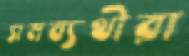
সমব্যথীরা